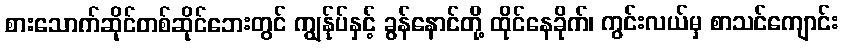
စားသောက်ဆိုင်တစ်ဆိုင်ဘေးတွင် ကျွန်ုပ်နှင့် ခွန်နောင်တို့ ထိုင်နေခိုက်၊ ကွင်းလယ်မှ စာသင်ကျောင်း